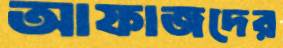
আফাজদের